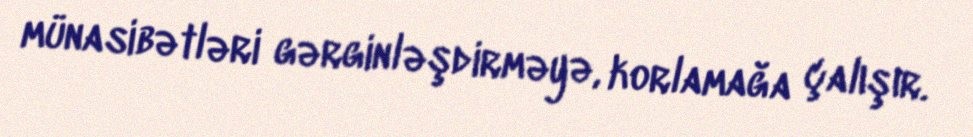
münasibətləri gərginləşdirməyə, korlamağa çalışır.